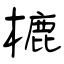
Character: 樚